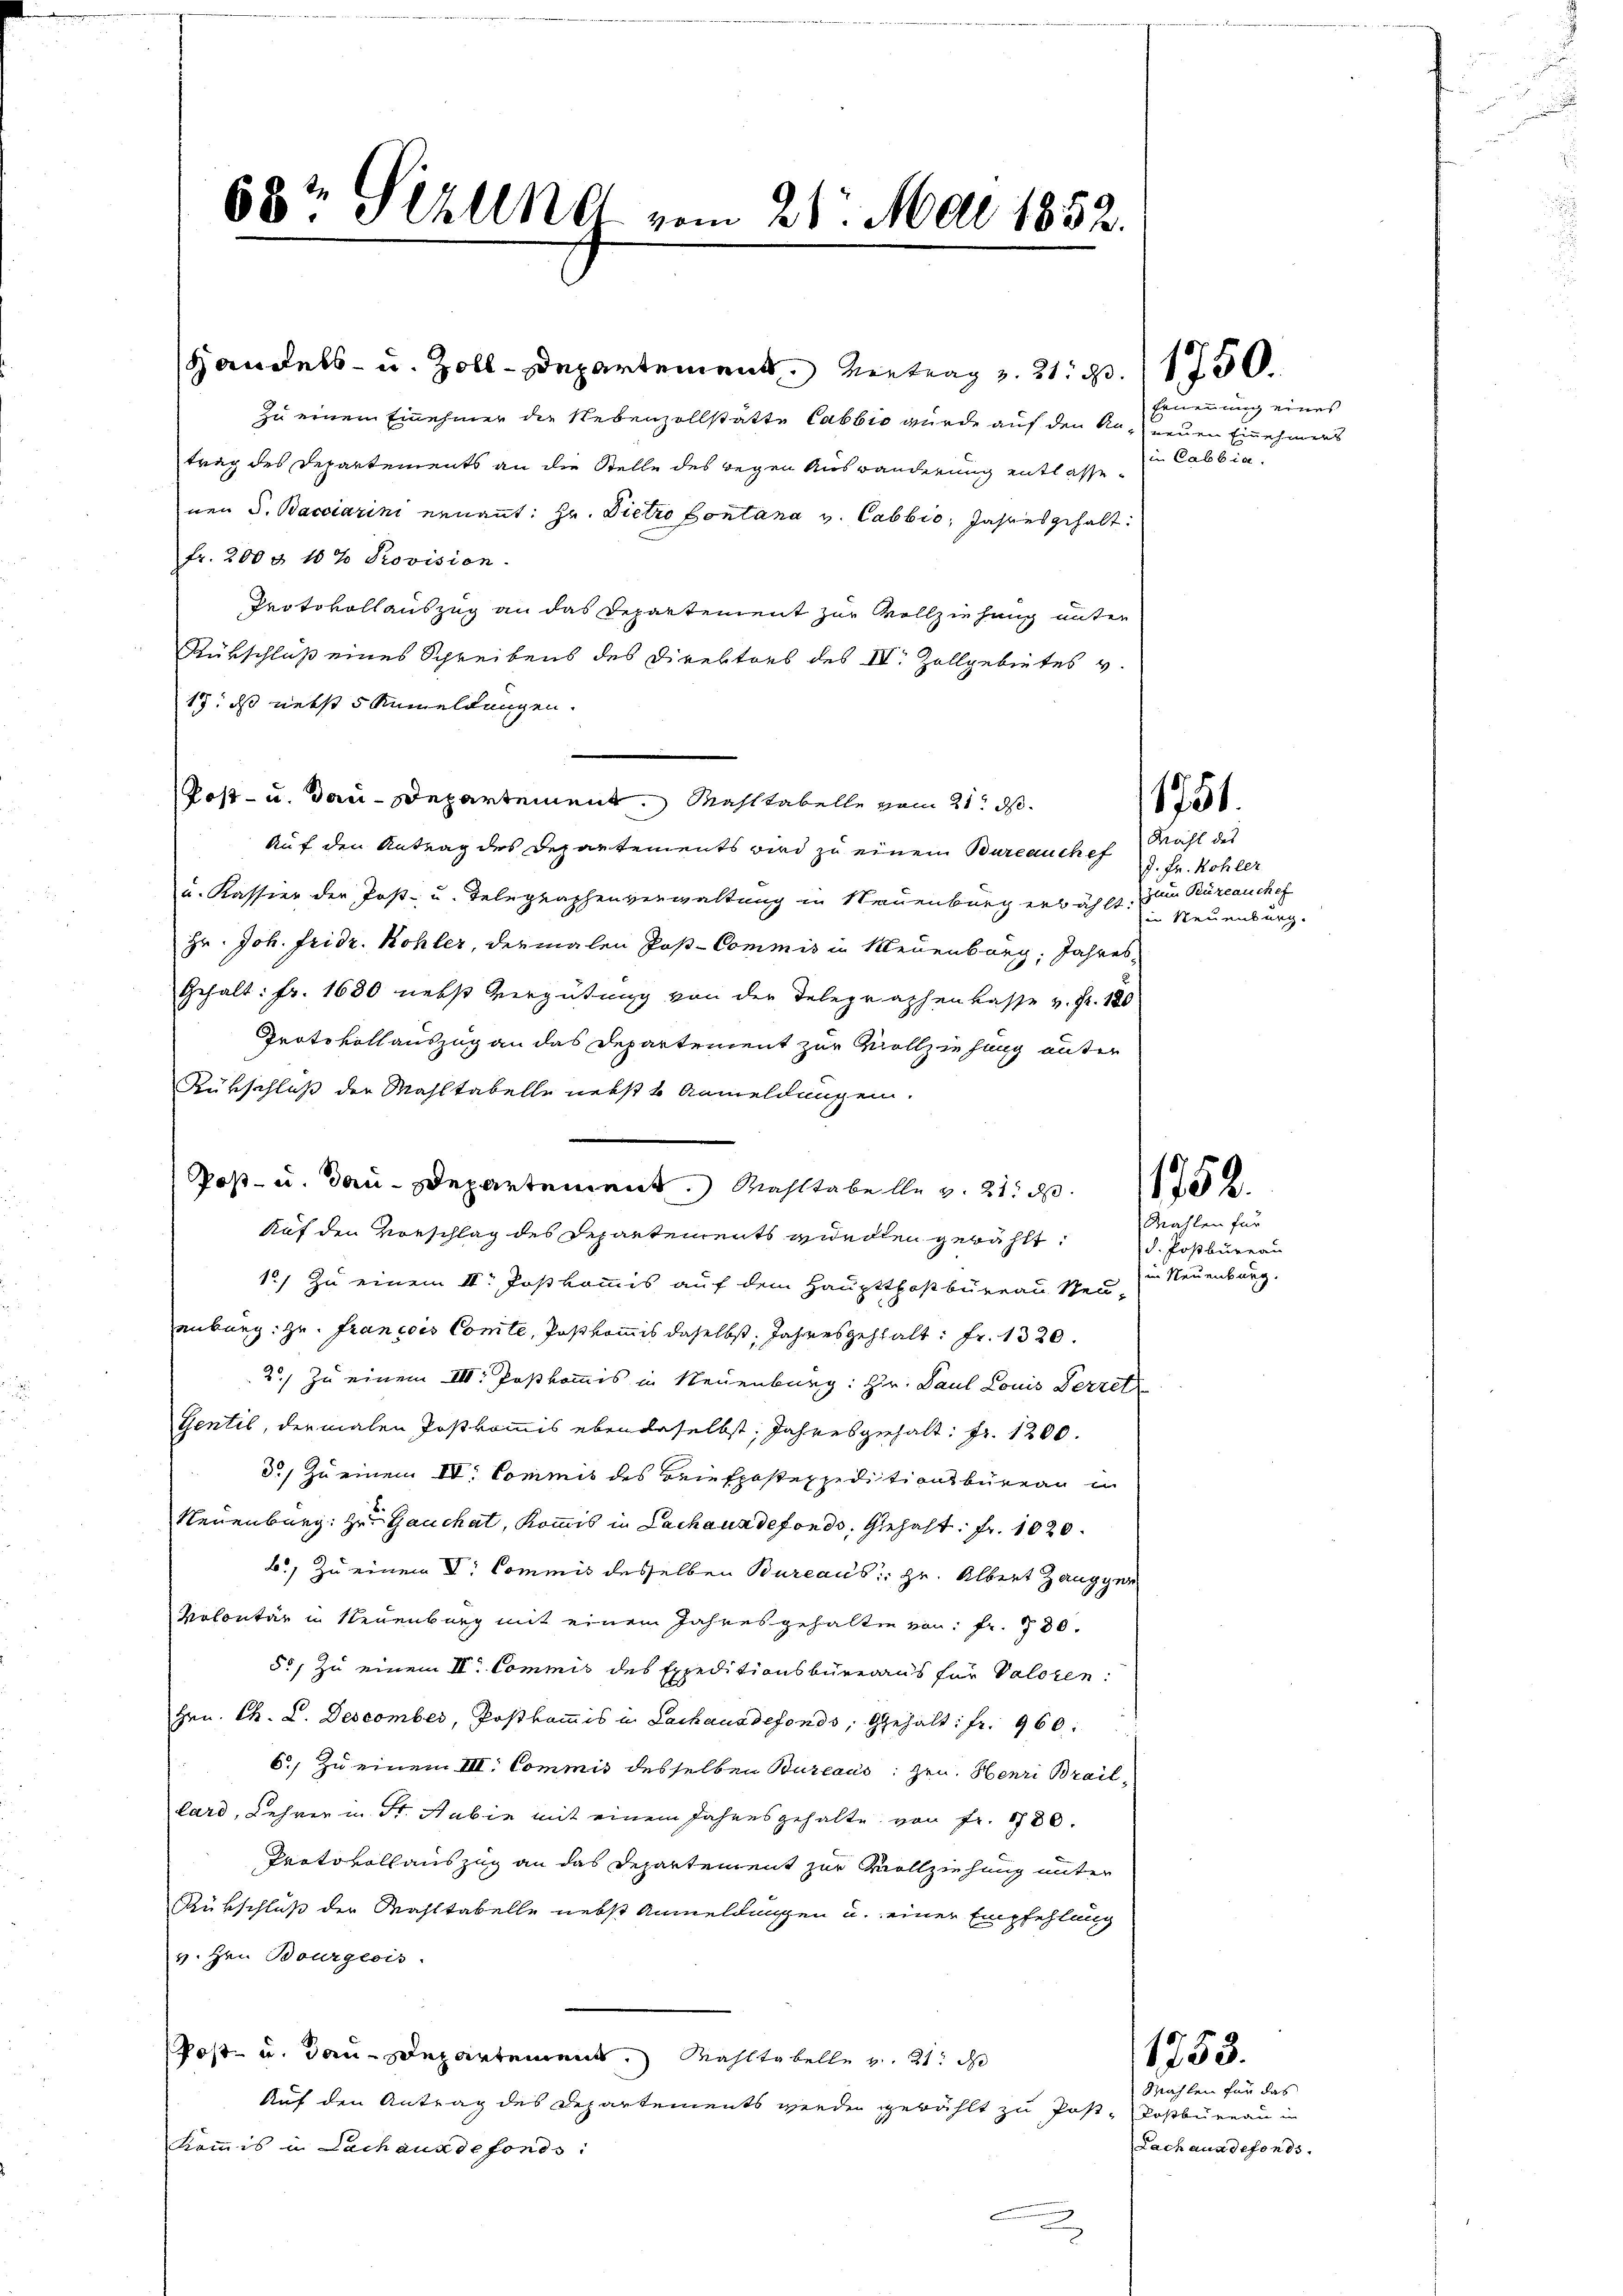
68t Sihlend vom 21. Mai 1852.

Handels- u. Zolldepartement Antrag z. 21. d. 1750.
zu einem Einehmer die Nebenzollstätte Cabbio wurde auf den Anneuen Einnehmens
trag des Departements an die Stelle des regen Auswanderung entlassenen S. Bacciarini ernannt: Hr. Dietro Contana v. Cabbio, Jahres gehalt.
fr. 200 & 10% Provision.
Protokollauszug an das Departement zur Vollziehung unter
Rükschluß eines Schreibens des Direktors des IV. Zollgebietes v.
17, das nebst 5 Anmeldungen.
Post- u. dau-Departement. Mahltabelle vom 21. ds.
Auf den Antrag des Departements wird zu einen Bureauchef
u. Kassier der Post- u. Telegraphenverwaltung in Neuenburg erwählt, zum Büreauchef
Hr. Joh. Fridr. Kohler, dermalen Post-Commis in Neuenburg, Jahres
Gehalt: Fr. 1680 nebst Vergütung von der Telegraphenkasse v. Fr. 180
Protokollauszug an das Departement zur Vollziehung unter
Rükschluß der Mahltabelle nebst 1 Anmeldungen.
Post- u. Bau-Departement. Mahltabelle v. 21. d. 152
Auf den Vorschlag des Departements wurden gewählt:
1) Zu einem II. Postkommis auf dem Hauptthoßbureau Neu-
enburg: zu. Francois Comte, Postkommis daselbst, Jahresgehalt: Fr. 1320.
2) Zu einem III. Postkommis in Neuenburg: Hr. Paul Louis Verret
Gentil, dermalen Postkommis ebendaselbst, Jahresgehalt: Fr. 1200.
3.) Zu einem IV. Commis des Briefposteppeditionsbüreau in
Neuenburg: zu Gauchat, Kommis in Lachanndefonds, Gehalt: Fr. 1020.
b.) Zu einem V. Commis desselben Bureaus: Hr. Albert Zanggen
Volontär in Neuenburg mit einem Jahresgehalten von Fr. 730.
50, zu einem II. Commis des Expeditionsbüreaus für Valeren:
Hrn. Th. L. Descomber, Postkommis in Lackauadefonds, Gehalt: fr. 960.
6) Zu einem III. Commis desselben Bureaus: zen. Henri Braillard, Lehrer u. St. Habin mit einem Jahresgehalte von Fr. 1780.
Protokollauszug an das Departement zur Vollziehung unter
Rükschluß der Wahltabelle nebst Anmeldungen u. einer Empfehlung
v. Hrn. Bourgeois.
Post- u. dan Departement. Wahltabelle v. 21. d
Auf den Antrag des Departements werden gewählt zu Post-Postbureau in
Kommis in Lachanndefonds.

Ernennung eines
in Cabbia.

1751.

Mahl des
J. Fr. Kohler
ie Neuenburg.

Mahlen für
d. Postbureau
in Neuenburg.

Mahlen für das
Lach aus defonds.

1753.

¬